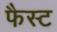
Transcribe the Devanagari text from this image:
फैस्ट